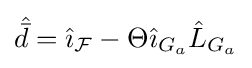
{\hat {\bar {d}}}={\hat {\imath }}_{\mathcal {F}}-\Theta {\hat {\imath }}_{G_{a}}{\hat {L}}_{G_{a}}